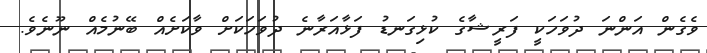
ވެގެން އަންނަ ދުވަހަކީ ފަރީޝާގެ ކުޅިގަނޑު ފަޅާއަރާނެ ދުވަހަކަށް ވާކަށެއް ބޭނުމެއް ނޫނެވެ.